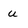
Character: u